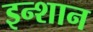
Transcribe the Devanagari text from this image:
इन्शान